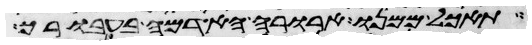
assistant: תאכל ממנו ארורה האדמה בעבורך